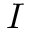
\boldsymbol { I }